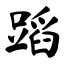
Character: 蹈